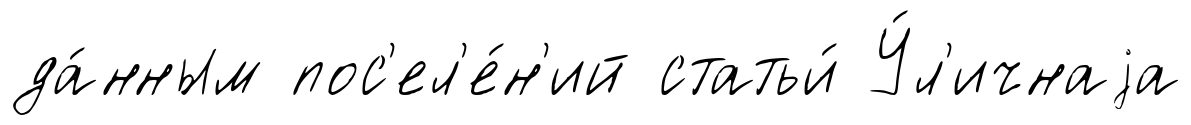
да́нным пос'ел'е́н'ий статьи́ У́л'ичнаjа